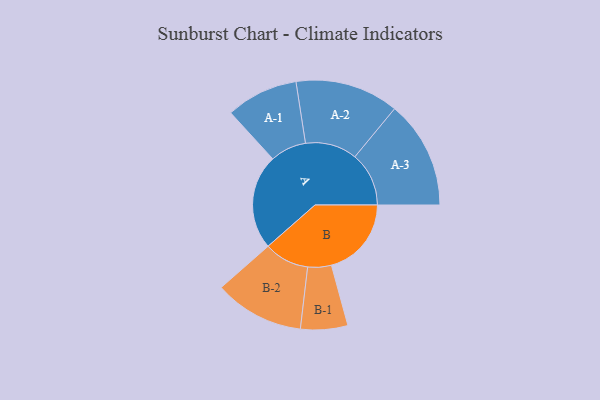
{"axis": {"x": "Segment", "y": "Value"}, "legend": ["", "A", "B"], "data": [{"x": "A", "y": 472, "type": ""}, {"x": "B", "y": 397, "type": ""}, {"x": "A-1", "y": 179, "type": "A"}, {"x": "A-2", "y": 257, "type": "A"}, {"x": "A-3", "y": 268, "type": "A"}, {"x": "B-1", "y": 117, "type": "B"}, {"x": "B-2", "y": 223, "type": "B"}]}